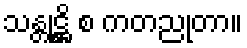
သန္တုဋ္ဌိ စ ကတညုတာ။